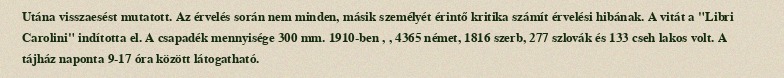
Utána visszaesést mutatott. Az érvelés során nem minden, másik személyét érintő kritika számít érvelési hibának. A vitát a "Libri Carolini" indította el. A csapadék mennyisége 300 mm. 1910-ben , , 4365 német, 1816 szerb, 277 szlovák és 133 cseh lakos volt. A tájház naponta 9-17 óra között látogatható.